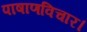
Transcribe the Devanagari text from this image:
पाषाणविचार।